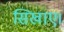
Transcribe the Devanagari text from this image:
सिखाए।